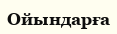
Ойындарға